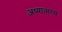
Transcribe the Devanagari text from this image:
अध्यात्मरस